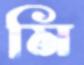
মি